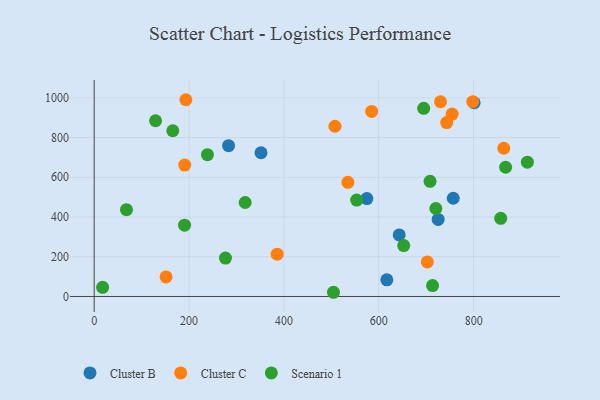
{"axis": {"x": "Engine Size", "y": "Fuel Efficiency"}, "legend": ["Cluster B", "Cluster C", "Scenario 1"], "data": [{"x": "801.1", "y": 975.3, "type": "Cluster B"}, {"x": "757.0", "y": 494.5, "type": "Cluster B"}, {"x": "725.2", "y": 388.1, "type": "Cluster B"}, {"x": "617.0", "y": 84.0, "type": "Cluster B"}, {"x": "283.3", "y": 759.0, "type": "Cluster B"}, {"x": "351.7", "y": 723.5, "type": "Cluster B"}, {"x": "574.9", "y": 492.7, "type": "Cluster B"}, {"x": "643.1", "y": 309.8, "type": "Cluster B"}, {"x": "151.5", "y": 98.5, "type": "Cluster C"}, {"x": "190.9", "y": 661.4, "type": "Cluster C"}, {"x": "754.7", "y": 918.5, "type": "Cluster C"}, {"x": "743.2", "y": 875.7, "type": "Cluster C"}, {"x": "585.0", "y": 931.6, "type": "Cluster C"}, {"x": "863.6", "y": 746.1, "type": "Cluster C"}, {"x": "702.4", "y": 173.7, "type": "Cluster C"}, {"x": "534.9", "y": 574.8, "type": "Cluster C"}, {"x": "507.6", "y": 857.0, "type": "Cluster C"}, {"x": "385.8", "y": 212.8, "type": "Cluster C"}, {"x": "798.2", "y": 980.9, "type": "Cluster C"}, {"x": "193.3", "y": 990.5, "type": "Cluster C"}, {"x": "730.2", "y": 980.2, "type": "Cluster C"}, {"x": "17.8", "y": 46.0, "type": "Scenario 1"}, {"x": "652.6", "y": 256.1, "type": "Scenario 1"}, {"x": "190.5", "y": 358.7, "type": "Scenario 1"}, {"x": "238.8", "y": 714.1, "type": "Scenario 1"}, {"x": "165.7", "y": 834.4, "type": "Scenario 1"}, {"x": "694.7", "y": 947.2, "type": "Scenario 1"}, {"x": "720.3", "y": 442.8, "type": "Scenario 1"}, {"x": "129.4", "y": 884.7, "type": "Scenario 1"}, {"x": "867.4", "y": 650.5, "type": "Scenario 1"}, {"x": "713.4", "y": 54.9, "type": "Scenario 1"}, {"x": "708.1", "y": 579.7, "type": "Scenario 1"}, {"x": "913.3", "y": 675.9, "type": "Scenario 1"}, {"x": "553.4", "y": 485.4, "type": "Scenario 1"}, {"x": "276.8", "y": 193.1, "type": "Scenario 1"}, {"x": "857.1", "y": 393.5, "type": "Scenario 1"}, {"x": "68.1", "y": 436.9, "type": "Scenario 1"}, {"x": "318.3", "y": 473.2, "type": "Scenario 1"}, {"x": "504.5", "y": 21.1, "type": "Scenario 1"}]}